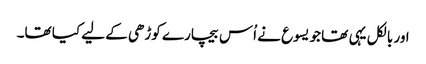
اور بالکل یہی تھا جو یسوع نے اُس بیچارے کوڑھی کے لیے کیا تھا۔